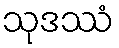
သုဒဿံ